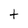
Character: t